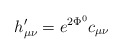
\begin{align*}h_{\mu\nu}'= e^{2\Phi^0 }c_{\mu\nu}\end{align*}